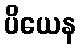
ပိယေန